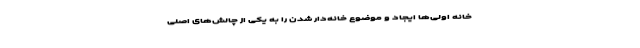
خانه اولی‌ها ایجاد و موضوع خانه‌دار شدن را به یکی از چالش‌های اصلی